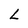
Character: L